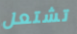
تشتعل